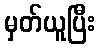
မှတ်ယူပြီး